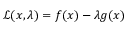
{ \mathcal { L } } ( x , \lambda ) = f ( x ) - \lambda g ( x )